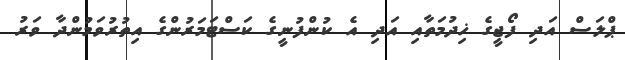
ޕްލަސް އަދި ފޯޖީގެ ޚިދުމަތާއި އަދި އެ ކުުންފުނީގެ ކަސްޓަމަރުންގެ އިތުރުވަމުންދާ ވަރު